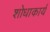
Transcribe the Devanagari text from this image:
शोधाकार्य